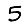
Digit: 5